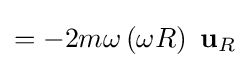
=-2m\omega \left(\omega R\right)\ \mathbf {u} _{R}